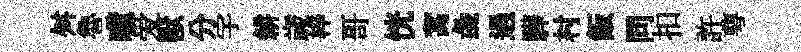
舛魯噫爱獸分宇耕歳梓哥恍蒿彘過驊村飯同扣許萼